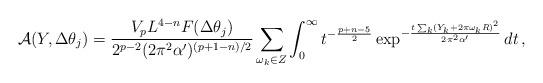
LaTeX: \begin{align*}\mathcal{A}(Y,\Delta\theta_j)= \frac{V_pL^{4-n}F(\Delta\theta_j)}{2^{p-2}(2\pi^2\alpha')^{(p+1-n)/2}}\sum_{\omega_k\in Z} \int_0^\infty t^{-\frac{p+n-5}{2}}\exp^{-\frac{t\sum_k(Y_k+2\pi \omega_k R)^2}{2\pi^2\alpha'}}dt\,,\end{align*}